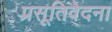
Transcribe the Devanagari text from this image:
प्रसूतिवेदना